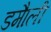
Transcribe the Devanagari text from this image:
डमाैली